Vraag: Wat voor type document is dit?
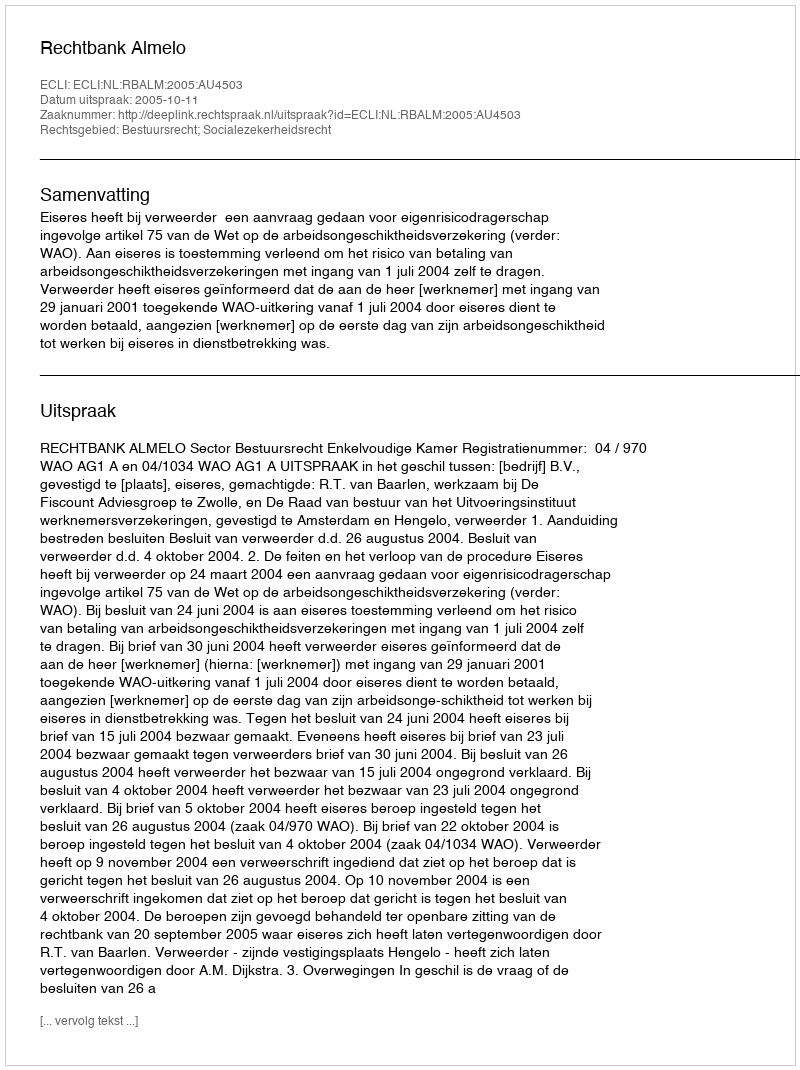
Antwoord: Uitspraak